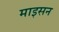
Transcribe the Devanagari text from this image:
माइसन